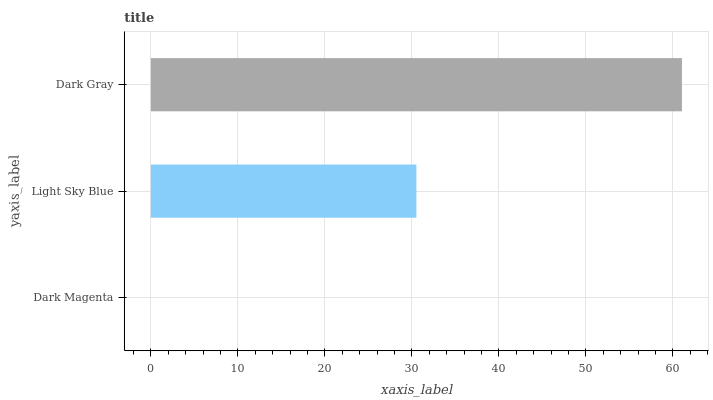
| yaxis_label | bars |
 | --- | --- |
 | Dark Magenta | 0 |
 | Light Sky Blue | 30.5 |
 | Dark Gray | 61 |